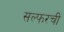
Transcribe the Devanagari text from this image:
सल्फरची